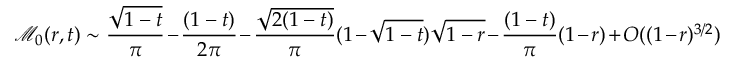
\mathcal { M } _ { 0 } ( r , t ) \sim \frac { \sqrt { 1 - t } } { \pi } - \frac { ( 1 - t ) } { 2 \pi } - \frac { \sqrt { 2 ( 1 - t ) } } { \pi } ( 1 - \sqrt { 1 - t } ) \sqrt { 1 - r } - \frac { ( 1 - t ) } { \pi } ( 1 - r ) + O ( ( 1 - r ) ^ { 3 / 2 } )